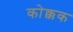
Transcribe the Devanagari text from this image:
कोक्कक